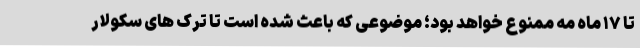
تا ۱۷ ماه مه ممنوع خواهد بود؛ موضوعی که باعث شده است تا ترک های سکولار